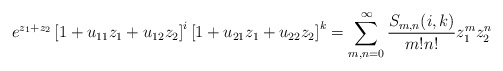
\begin{align*}e^{z_1+z_2}\left[1+u_{11} z_1+u_{12}z_2\right]^{i}\left[1+u_{21}z_1+u_{22}z_2\right]^{k}=\sum_{m,n=0}^{\infty}\frac{S_{m,n}(i,k)}{m!n!}z_1^{m}z_{2}^{n}\end{align*}